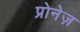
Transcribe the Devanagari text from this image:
प्रोनेज़